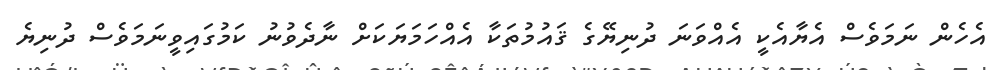
އެހެން ނަމަވެސް އެޔާއެކީ އެއްވަނަ ދުނިޔޭގެ ޤައުމުތަކާ އެއްހަމަޔަކަށް ނާދެވުނު ކަމުގައިވީނަމަވެސް ދުނިޔެ